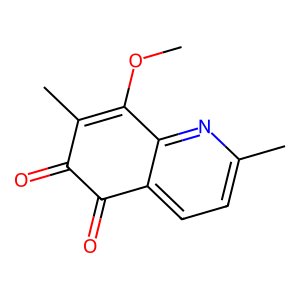
SMILES: COC1=C(C)C(=O)C(=O)c2ccc(C)nc21
Inhibits HIV replication: No